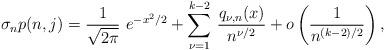
LaTeX: \begin{align*} \sigma_n p(n,j) = \frac{1}{\sqrt{2\pi}}~ e^{-x^2/2} + \sum_{\nu=1}^{k-2}\, \frac{q_{\nu,n} (x)}{n^{\nu/2}} +o \left( \frac{1}{n^{(k-2)/2}}\right),\end{align*}